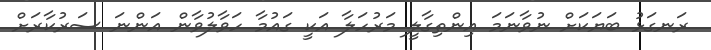
ރަނގަޅު ބަޔަކަށް ނުވާނަމަ އިންތިގާލީ މަރުހަލާ އަކީ ގައުމާ ހަވާލުވާން އަންނަ ސަރުކާރަށް